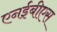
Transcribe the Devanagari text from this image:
एनईबीएस